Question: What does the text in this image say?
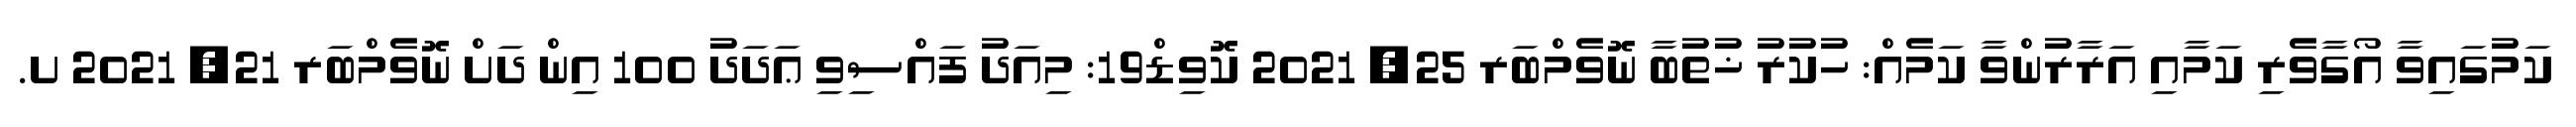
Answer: ކަމުގައިވާ އޯގާވެރި ކަމާއި އަރާރުންވާ ކަމެއް: ހުކުރު ޚުތުބާ ނޮވެމްބަރ 25, 2021 ކޮވިޑް19: މިއަދު ފައްސިވި ޢަދަދު 100 އިން ދަށް ނޮވެމްބަރ 21, 2021 ށ.